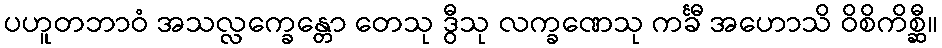
ပဟူတဘာဝံ အသလ္လက္ခေန္တော တေသု ဒွီသု လက္ခဏေသု ကင်္ခီ အဟောသိ ဝိစိကိစ္ဆီ။